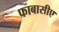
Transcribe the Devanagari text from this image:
फाबासीए